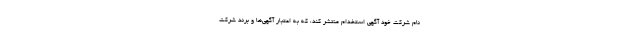
نام شرکت خود آگهی استخدام منتشر کند، که به اعتبار آگهی‌ها و برند شرکت